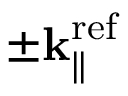
\pm { \bf k } _ { \parallel } ^ { \mathrm { r e f } }